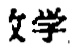
文学